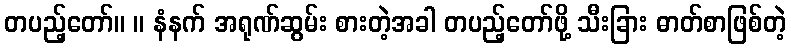
တပည့်တော်။ ။ နံနက် အရုဏ်ဆွမ်း စားတဲ့အခါ တပည့်တော်ဖို့ သီးခြား ဓာတ်စာဖြစ်တဲ့